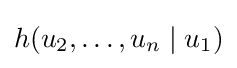
h(u_{2},\dots ,u_{n}\mid u_{1})